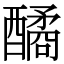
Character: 䤎